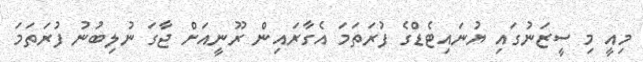
މިއީ މި ސީޒަނުގައި ޔުނައިޓެޑްގެ ފުރަތަމަ އެގާރައިން ރޫނީއަށް ޖާގަ ނުލިބުނު ފުރަތަމަ